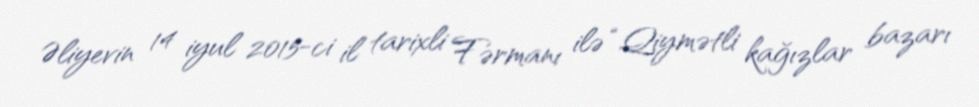
Əliyevin 14 iyul 2015-ci il tarixli Fərmanı ilə “Qiymətli kağızlar bazarı